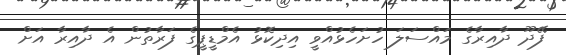
ފޭދޫ ދާއިރާގެ މައްސަލަ ހުށަހެޅުއްވީ އިދިކޮޅު އެމްޑީޕީގެ ފަރާތުން އެ ދާއިރާ އަށް